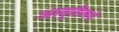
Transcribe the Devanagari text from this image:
आवृत्तीमधे